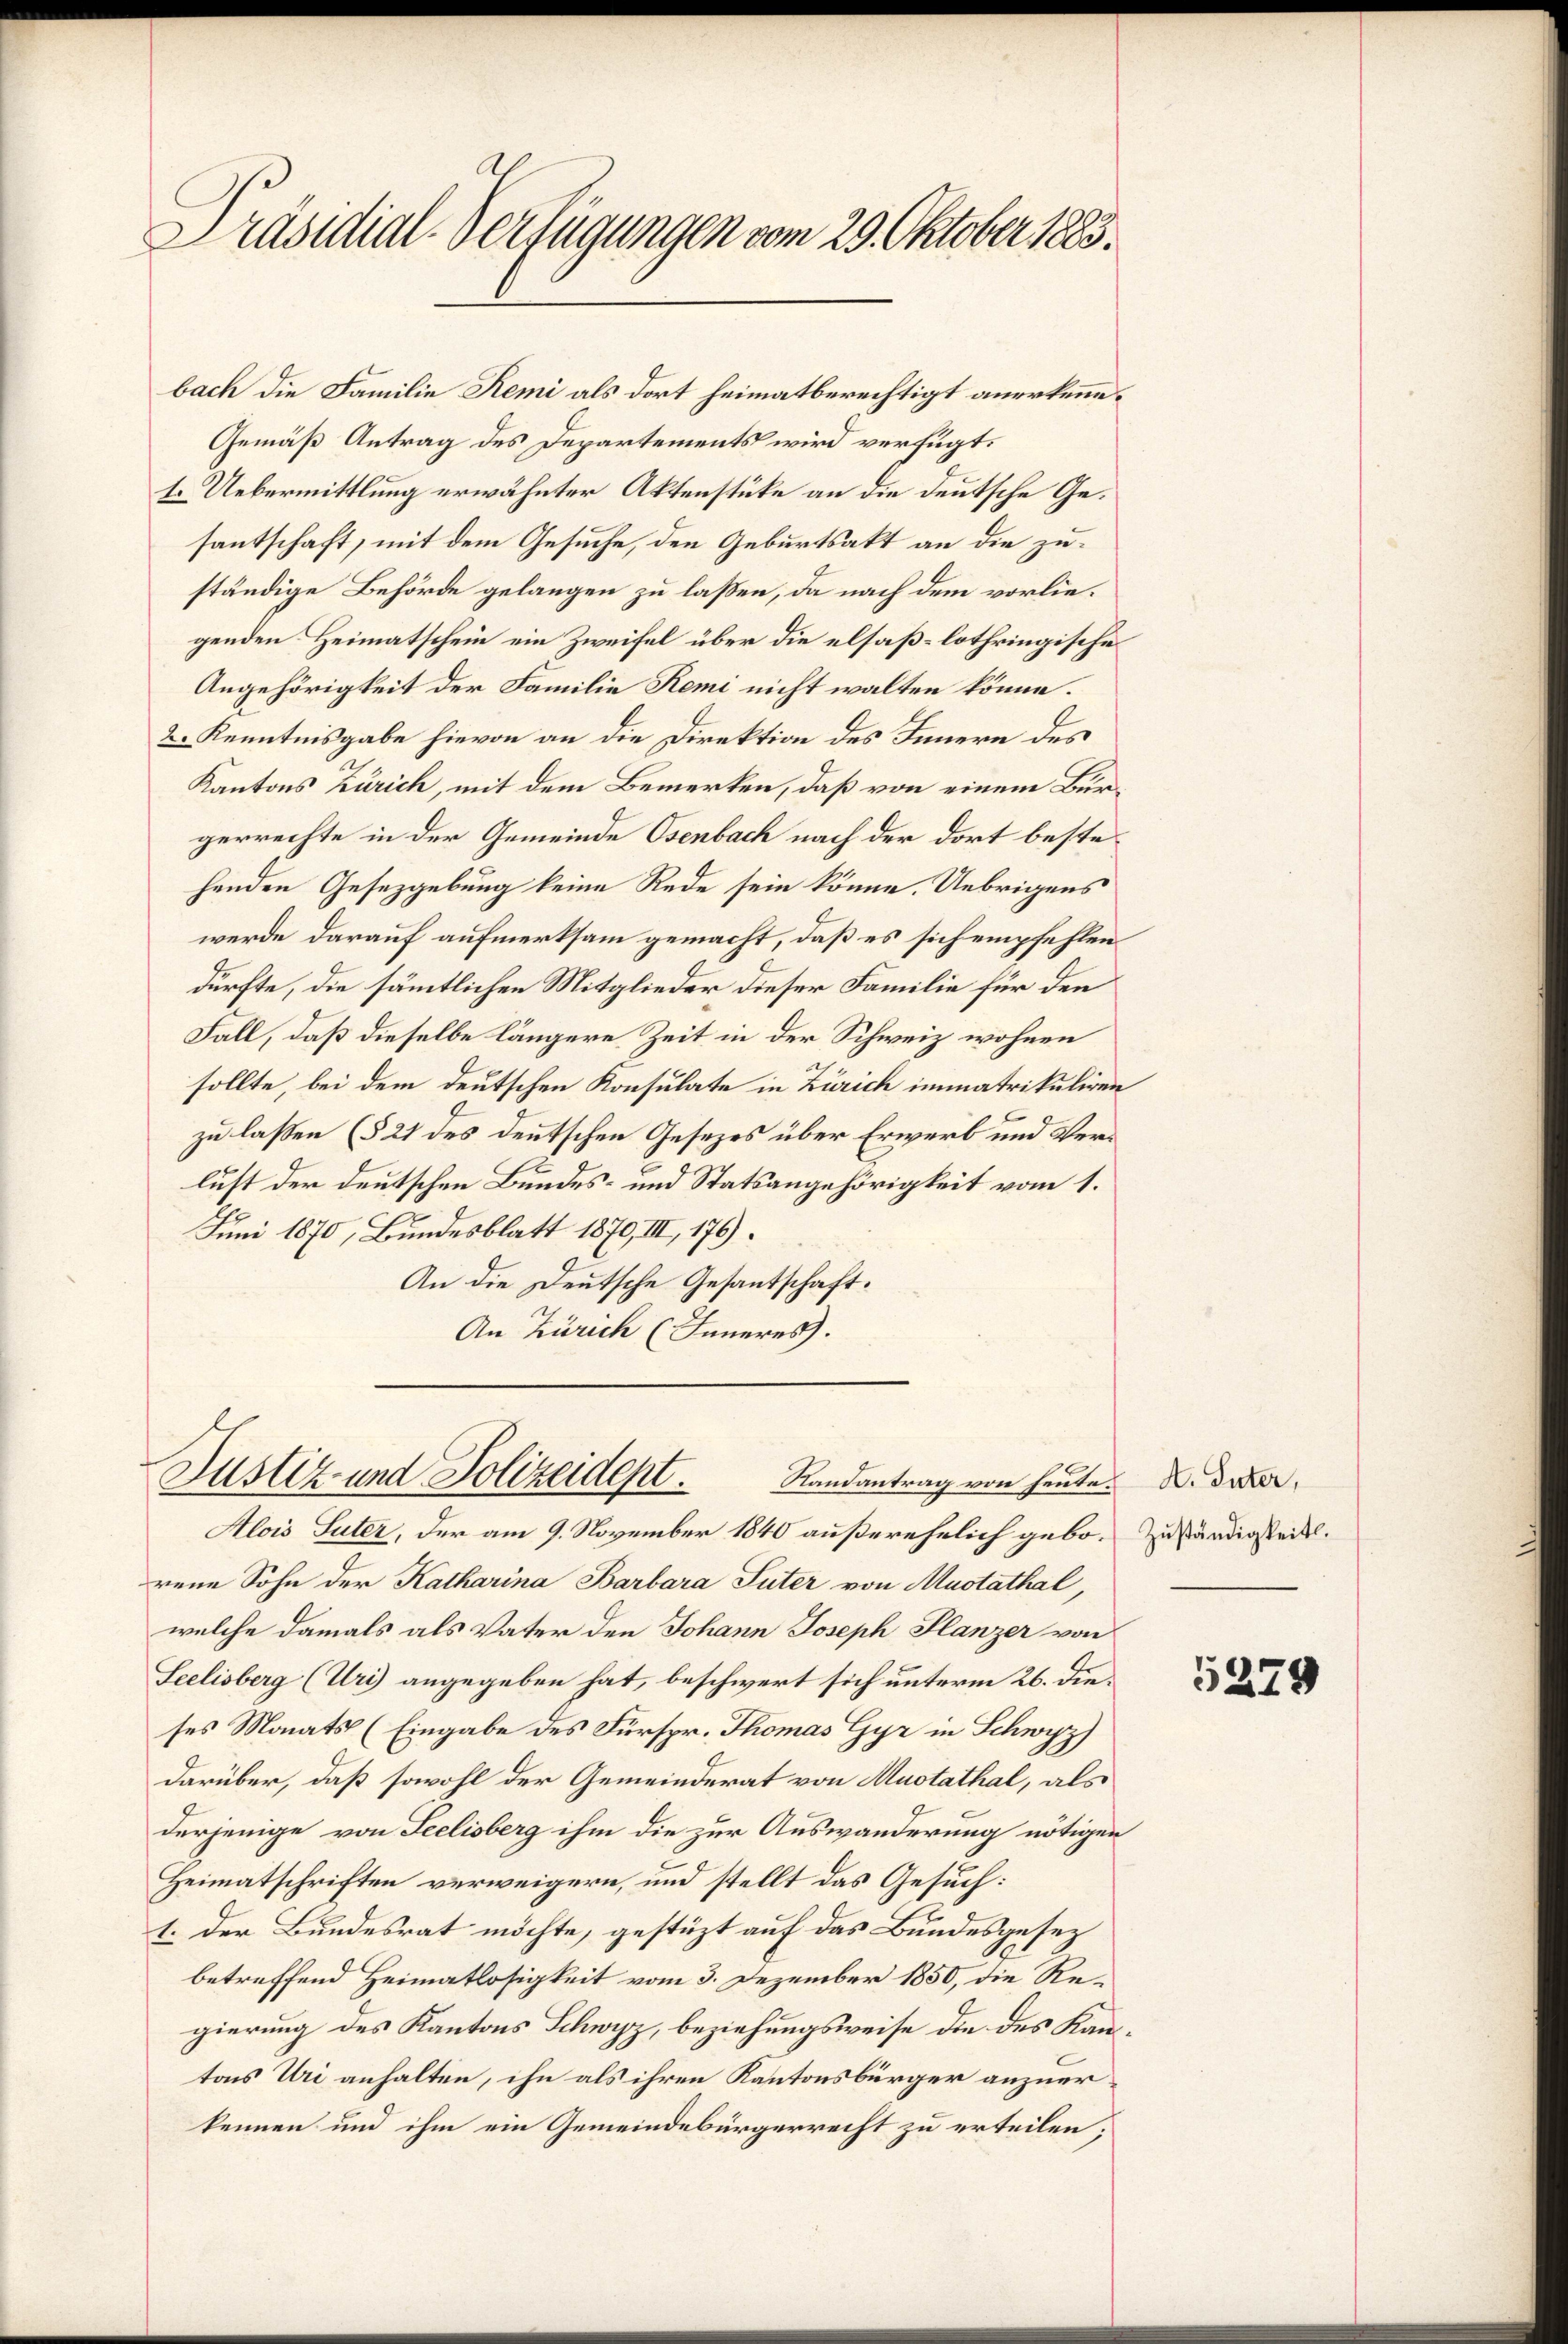
Präsidial-Verfügungen vom 29. Oktober 1883.

Gemäß Antrag des Departements wird verfügt:
t. Uebermittlung erwähnter Aktenstüke an die deutsche Gesantschaft, mit dem Gesuche, den Geburtsakt an die zuständige Behörde gelangen zu laßen, da nach dem vorliegenden Heimatschein ein Zweifel über die elsaß-lothringische
Angehörigkeit der Familie Remi nicht walten könne.
2. Kenntnisgabe hievon an die Direktion des Innern des
Kantons Zürich, mit dem Bemerken, daß von einem Burgerrechte in der Gemeinde Osenbach nach der dort bestehenden Gesetzgebung keine Rede sein könne. Uebrigens
werde darauf aufmerksam gemacht, daß es sich empfehlen
dürfte, die sämmtlichen Mitglieder dieser Familie für den
Fall, daß dieselbe längere Zeit in der Schweiz wohnen
sollte, bei dem deutschen Konsulate in Zürich immatrikuliren
zu lassen (§ 21 des deutschen Gesetzes über Erwerb und Verlust der deutschen Bundes- und Statsangehörigkeit vom 1.
Juni 1870, Bundesblatt 1870, III, 176).
An die Deutsche Gesantschaft.
An Zürich (Inneres.

bach die Familie Remi als dort heimatberechtigt anerkenne¬

Justiz- und Polizeidept.
Randantrag von heute.

Alois Suter, der am 9. November 1840 außerehelich gebo- Zuständigsteit.
rene Sohn der Katharina Barbara Suter von Muotathal,
welche damals als Vater den Johann Joseph Planzer von
Seelisberg (Uri) angegeben hat, beschwert sich unterm 26. dieses Monats (Eingabe des Fürspr. Thomas Gyr in Schwyz)
darüber, daß sowohl der Gemeinderat von Muotathal, als
derjenige von Seelisberg ihm die zur Auswanderung nötigen
Heimatschriften verweigern, und stellt das Gesuch:
1. Der Bundesrat möchte, gestüzt auf das Bundesgesez
betreffend Heimatlosigkeit vom 3. Dezember 1850, die Regierung des Kantons Schwyz, beziehungsweise die des Kantons Uri anhalten, ihn als ihren Kantonsbürger anzuer
kennen und ihm ein Gemeindebürgerrecht zu erteilen;

A. Suter,

5279